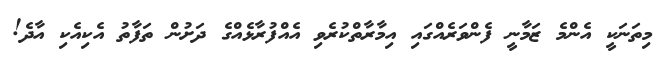
މިތަނަކީ އެންމެ ޒަމާނީ ފެންވަރެއްގައި އިމާރާތްކުރެވި އެއްފުރާޅެއްގެ ދަށުން ތަފާތު އެކިއެކި އާދެ!